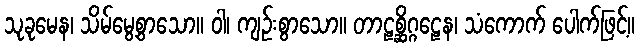
သုခုမေန၊ သိမ်မွေ့စွာသော။ ဝါ၊ ကျဉ်းစွာသော။ တာဠစ္ဆိဂ္ဂဠေန၊ သံကောက် ပေါက်ဖြင့်။